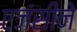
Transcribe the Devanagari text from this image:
एजंसीने